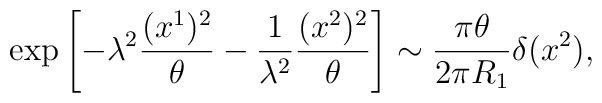
\exp\left[-\lambda^2\frac{(x^1)^2}{\theta}-\frac{1}{\lambda^2}\frac{(x^2)^2}{\theta}\right]\sim\frac{\pi\theta}{2\pi R_1}\delta(x^2),